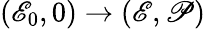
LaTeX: (\mathscr{E}_{0},0)\to(\mathscr{E},\mathscr{P})